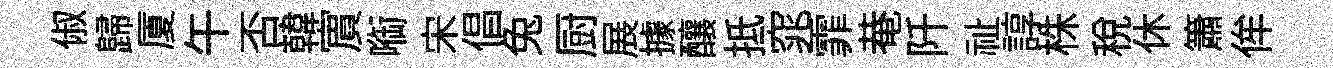
俶歸厦午否韓賔㗸宋倡兔厨展據釀抵窕霏𤲅阡祉諄株稅休簫侔